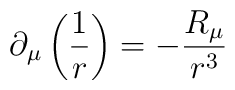
\partial _\mu \left( \frac 1r\right) =-\frac {R_\mu }{r^3}